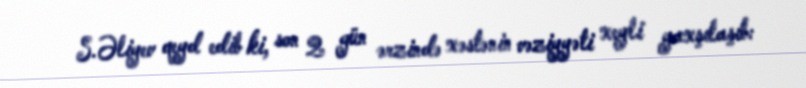
S.Əliyev qeyd edib ki, son 2 gün ərzində xəstənin vəziyyəti xeyli yaxşılaşıb: